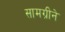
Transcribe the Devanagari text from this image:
सामग्रीने